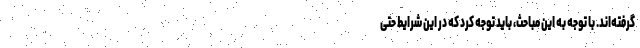
گرفته‌اند. با توجه به این مباحث، باید توجه کرد که در این شرایط حتی